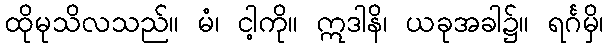
ထိုမုသိလသည်။ မံ၊ ငါ့ကို။ ဣဒါနိ၊ ယခုအခါ၌။ ရင်္ဂမှိ၊